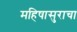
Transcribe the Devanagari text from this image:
महिषासुराचा